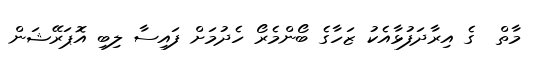
މާތް  ގެ އިރާދަފުޅާއެކު ޒަހާގެ ބޯންމެރޯ ހެދުމަށް ފައިސާ ލިބި އޮޕަރޭޝަން